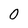
Character: 0